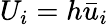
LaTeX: U_{i}=h{{\bar{u}}}_{i}